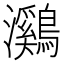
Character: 鸂